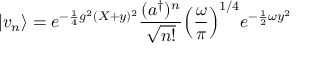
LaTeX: \vert v _ { n } \rangle = e ^ { - { \frac { 1 } { 4 } } g ^ { 2 } ( X + y ) ^ { 2 } } { \frac { ( a ^ { \dag } ) ^ { n } } { \sqrt { n ! } } } \Big ( { \frac { \omega } { \pi } } \Big ) ^ { 1 / 4 } e ^ { - { \frac { 1 } { 2 } } \omega y ^ { 2 } }